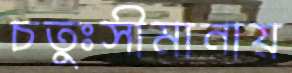
চতুঃসীমানায়